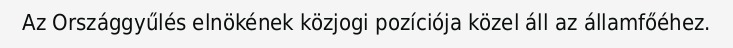
Az Országgyűlés elnökének közjogi pozíciója közel áll az államfőéhez.